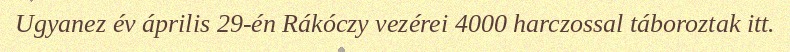
Ugyanez év április 29-én Rákóczy vezérei 4000 harczossal táboroztak itt.